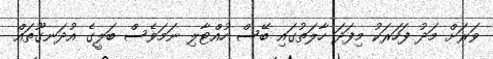
ވަރަށް މަދު ފަހަރަކު މިފަދަ ހާލަތުގައި ބޭސް ހުއްޓާލި ނަމަވެސް ބަލީގެ އުދަނގޫތައް